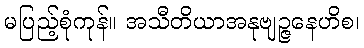
မပြည့်စုံကုန်။ အသီတိယာအနုဗျဉ္ဇနေဟိစ၊